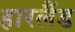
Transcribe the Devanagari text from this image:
हारलैंड